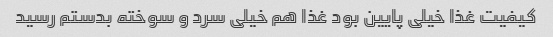
کیفیت غذا خیلی پایین بود غذا هم خیلی سرد و سوخته بدستم رسید